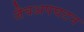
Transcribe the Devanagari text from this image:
जैवअपघटन